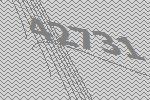
42731